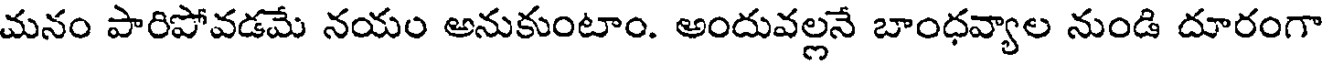
మనం పారిపోవడమే నయం అనుకుంటాం. అందువల్లనే బాంధవ్యాల నుండి దూరంగా